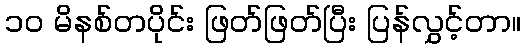
၁၀ မိနစ်တပိုင်း ဖြတ်ဖြတ်ပြီး ပြန်လွှင့်တာ။